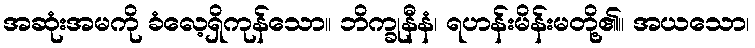
အဆုံးအမကို ခံလေ့ရှိကုန်သော။ ဘိက္ခုနီနံ၊ ရဟန်းမိန်းမတို့၏။ အယသော၊